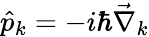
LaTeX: \hat{p}_{k}=-i\hbar\vec{\nabla}_{k}